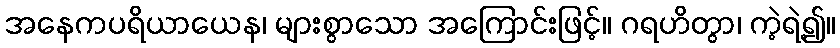
အနေကပရိယာယေန၊ များစွာသော အကြောင်းဖြင့်။ ဂရဟိတွာ၊ ကဲ့ရဲ့၍။